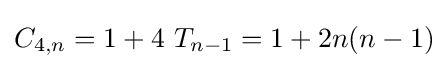
C_{4,n}=1+4\ T_{n-1}=1+2{n(n-1)}